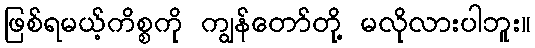
ဖြစ်ရမယ့်ကိစ္စကို ကျွန်တော်တို့ မလိုလားပါဘူး။